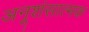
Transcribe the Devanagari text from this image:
अनूशंसात्मक